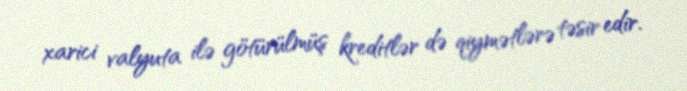
xarici valyuta ilə götürülmüş kreditlər də qiymətlərə təsir edir.